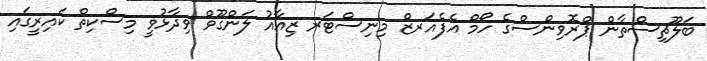
ބަލޫޗިސްތާން ޕްރޮވިންސްގެ ހޯމް އެފެއަރޒް މިނިސްޓަރ ޒިއާއު ލަންގޫވް ވިދާޅުވީ މިސްކިތް ކައިރީގައި